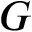
G